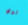
لدي